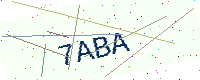
Text: 7ABA